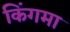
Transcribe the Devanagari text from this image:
किंगमा